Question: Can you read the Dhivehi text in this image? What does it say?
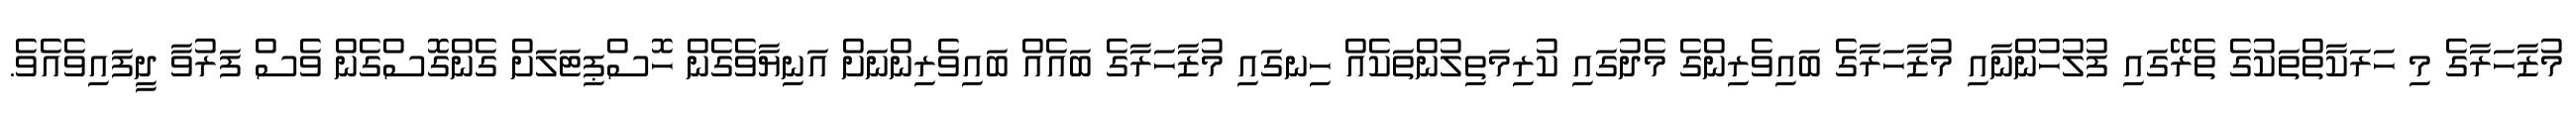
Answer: މުޒާހަރާގެ މި ހަރަކާތްތަކުގެ ތެރޭގައި ފުލުހުންނާއި މުޒާހަރާގެ ބައިވެރިންގެ މެދުގައި ކުރިމަތިލުންތަކެއް ހިނގައި މުޒާހަރާގެ ބައެއް ބައިވެރިންނަށް އަނިޔާވެގެން ހޮސްޕިޓަލަށް ގެންގޮސްގެން ވެސް ފަރުވާ ދީފައިވެއެވެ.